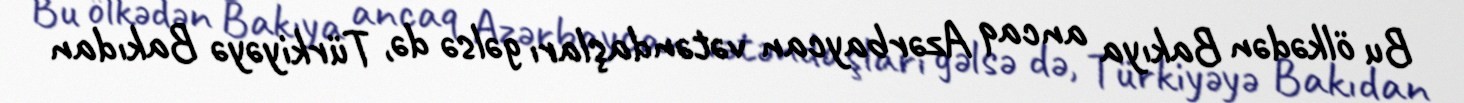
Bu ölkədən Bakıya ancaq Azərbaycan vətəndaşları gəlsə də, Türkiyəyə Bakıdan